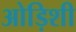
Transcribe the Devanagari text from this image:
ओड़िशी